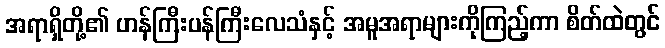
အရာရှိတို့၏ ဟန်ကြီးပန်ကြီးလေသံနှင့် အမူအရာများကိုကြည့်ကာ စိတ်ထဲတွင်